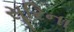
સૂરિના